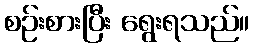
စဉ်းစားပြီး ရွေးရသည်။